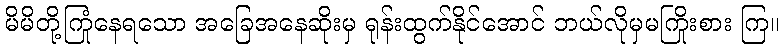
မိမိတို့ကြုံနေရသော အခြေအနေဆိုးမှ ရုန်းထွက်နိုင်အောင် ဘယ်လိုမှမကြိုးစား ကြ။